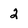
Character: 2